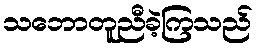
သဘောတူညီခဲ့ကြသည်